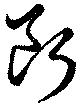
斷